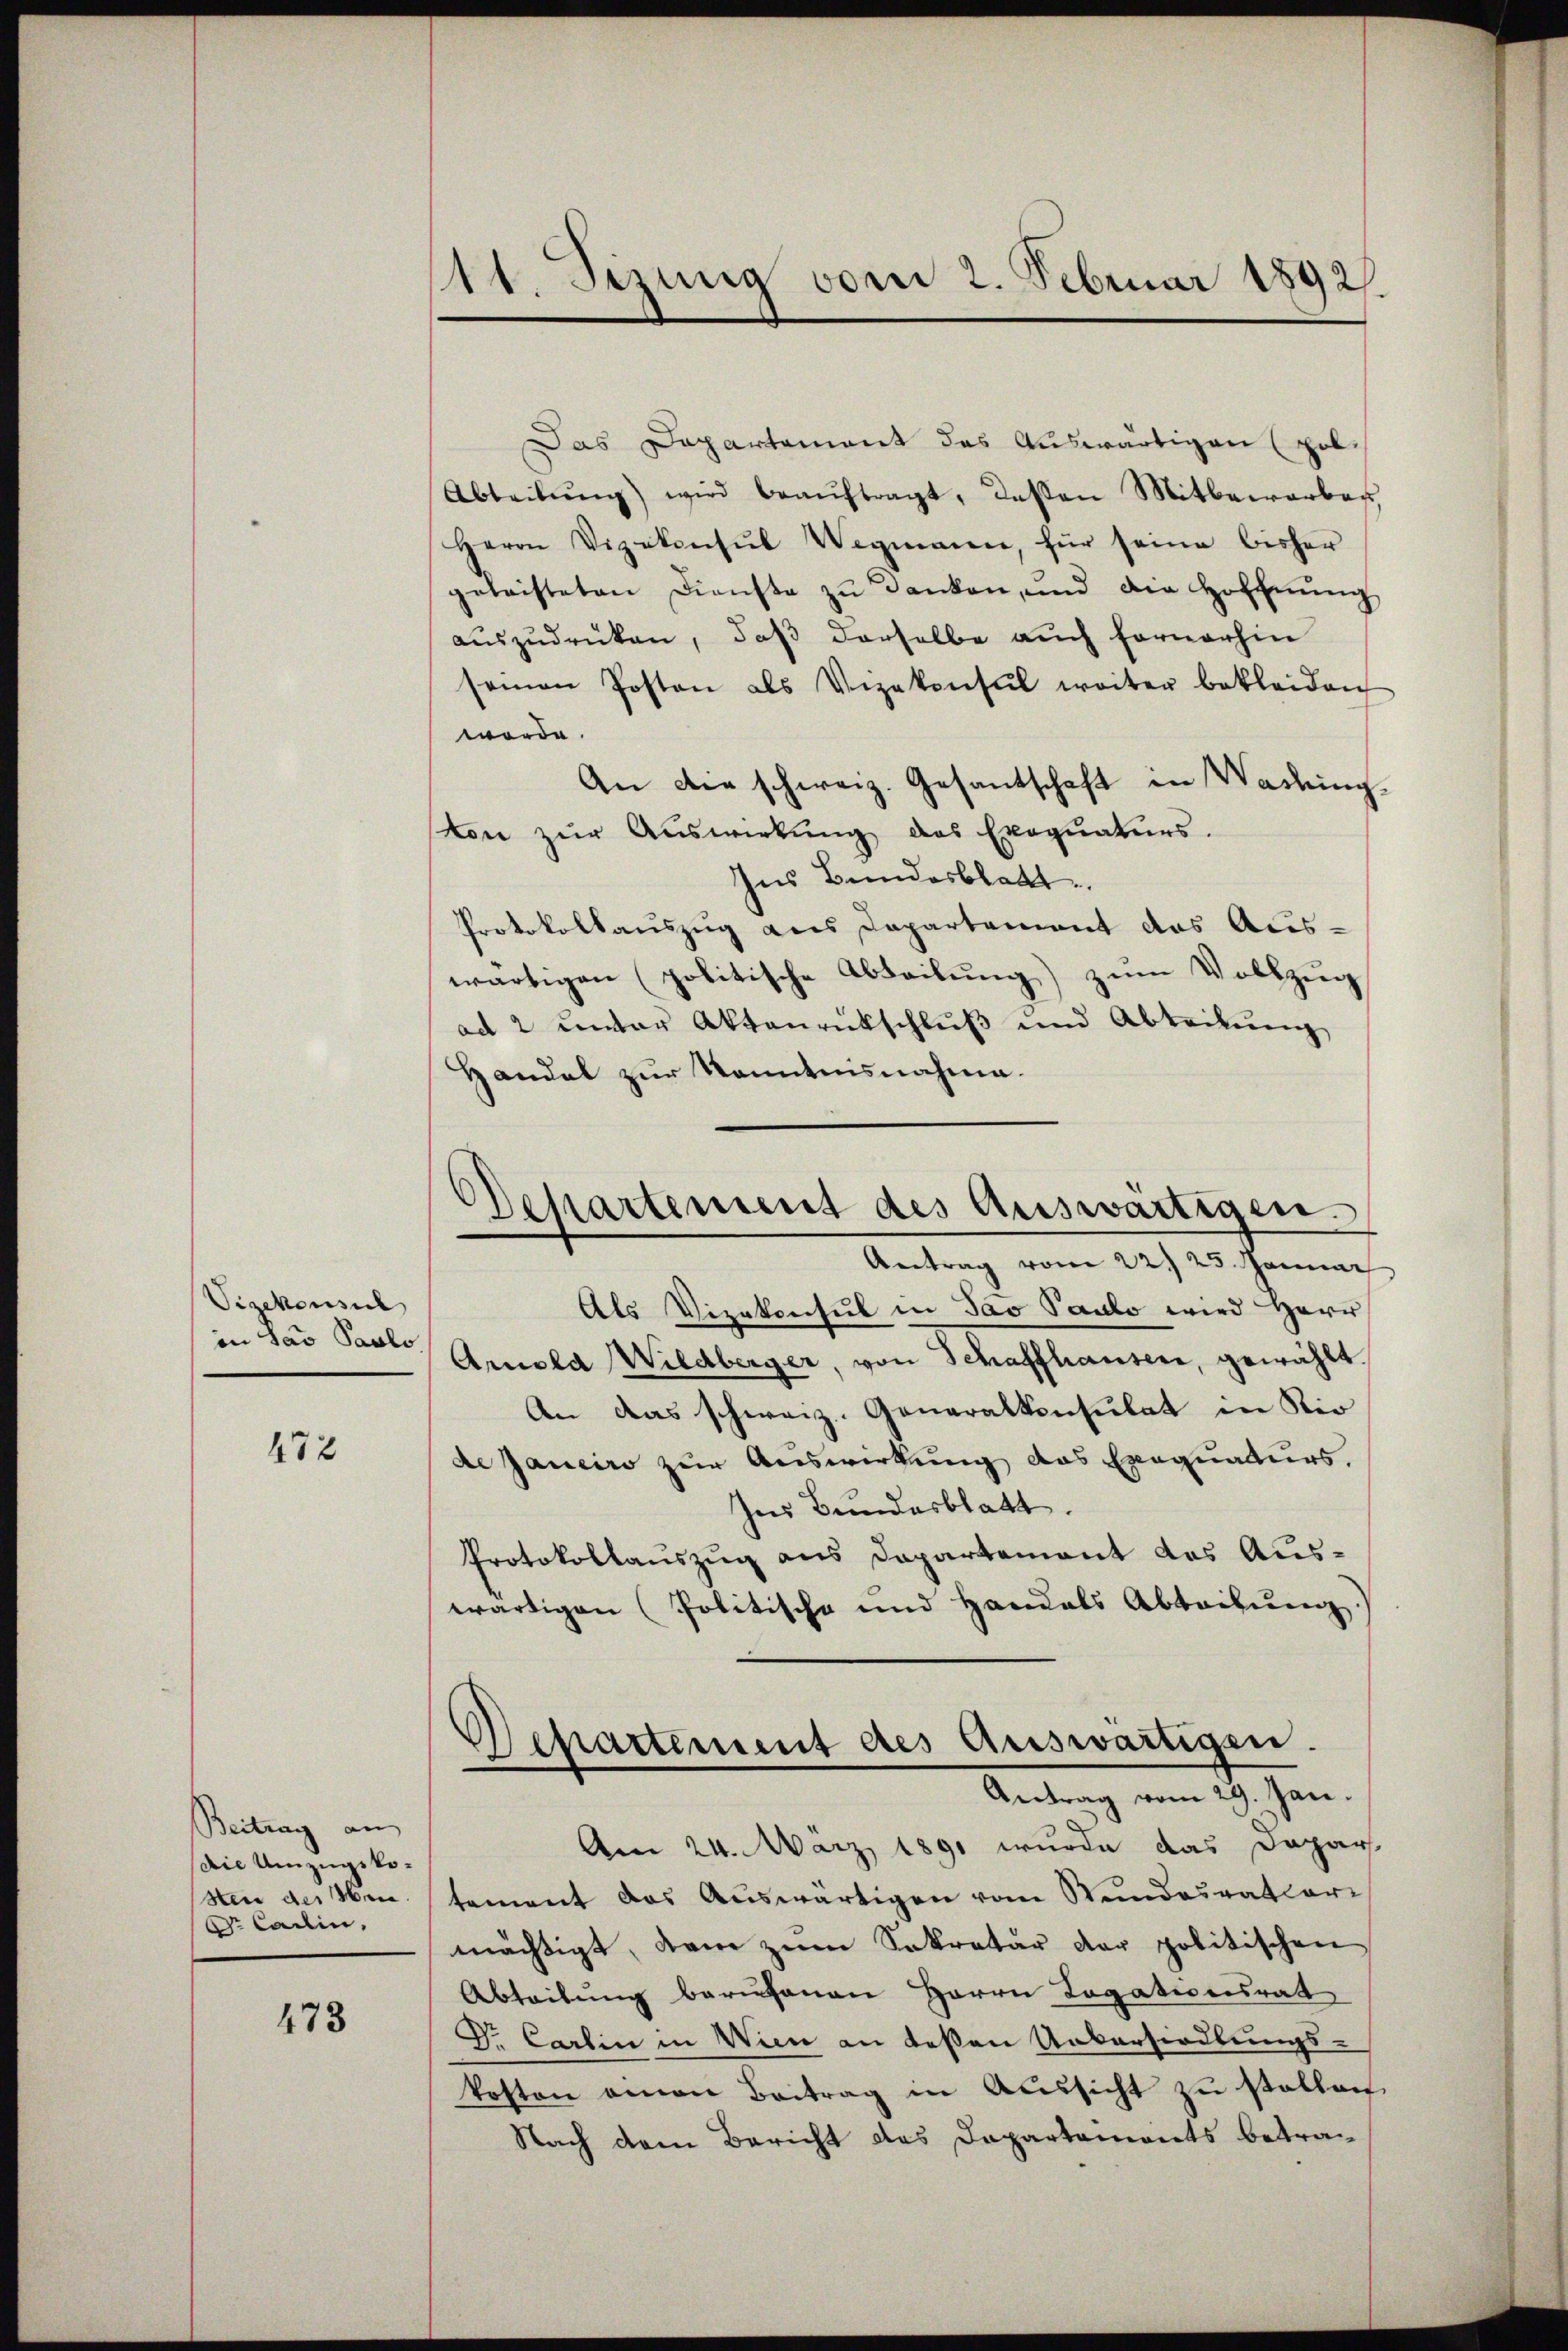
Vizekonsul
in Sav Paulo

472

Beitrag an
Die Umzugskosten der Men
Dr Cadin,

473

111. Sezung vom 2. Februar 1892

Das Departament das Auswärtigen (pol¬
Abteilŭng) wird beaŭftragt, dassen Mitbewarbar,
Herrn Vizekonsŭl Wegmann, für seine bisher
geleisteten Dienste zŭ danken, und die Hoffnŭng
auszudrücken, daß derselbe auch fernerhin
seinen Posten als Vizekonsul weiter bekleiden
worde.
An die schweiz. Gesantschaft in Washing
ton zur Auswirkung das Exequaturs.
Ins Bundesblatt
Protokollauszug aus Departement das Auswärtigen politische Abteilung) zum Vollzug
ad 2 unter Aktenrückschluß und Abtribung
Handel zur Kenntnisnahme.
Als Vizekonsul in Sav Paulo wird Herr
Arnola Wiedberger, von Schaffhausen, gewählt.
An das schweiz. Generalkonsulat in Kir
de Janeiro zur Auswirkung des Exequaturs.
Inm Bundesblatt.
Protokollauszug aus Departement des Auswärtigen (Politische und Handels Abtribung
epartement des Auswärtigen.
.
Antrag vom 29. Jan.
Am 24. März 1891 wurde das Dapar
tement das Auswärtigen vom Stundesrathari
mächtigt, den zum Sekretär der politischen
Abteilung berufenen Herrn Legationsrath
Dr. Carlin in Wien an deßen Uebersiedlungs-
kosten amen Beitrag in Aŭssicht zŭ stellen.
Nach dem Bericht das Departements betra¬

Departement des Auswärtigen.
Antrag vom 22. 23. Januar